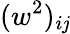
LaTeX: (w^{2})_{i\mathit{j}}